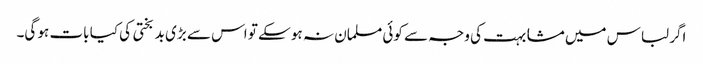
اگر لباس میں مشابہت کی وجہ سے کوئی مسلمان نہ ہو سکے تو اس سے بڑی بد بختی کی کیا بات ہو گی۔